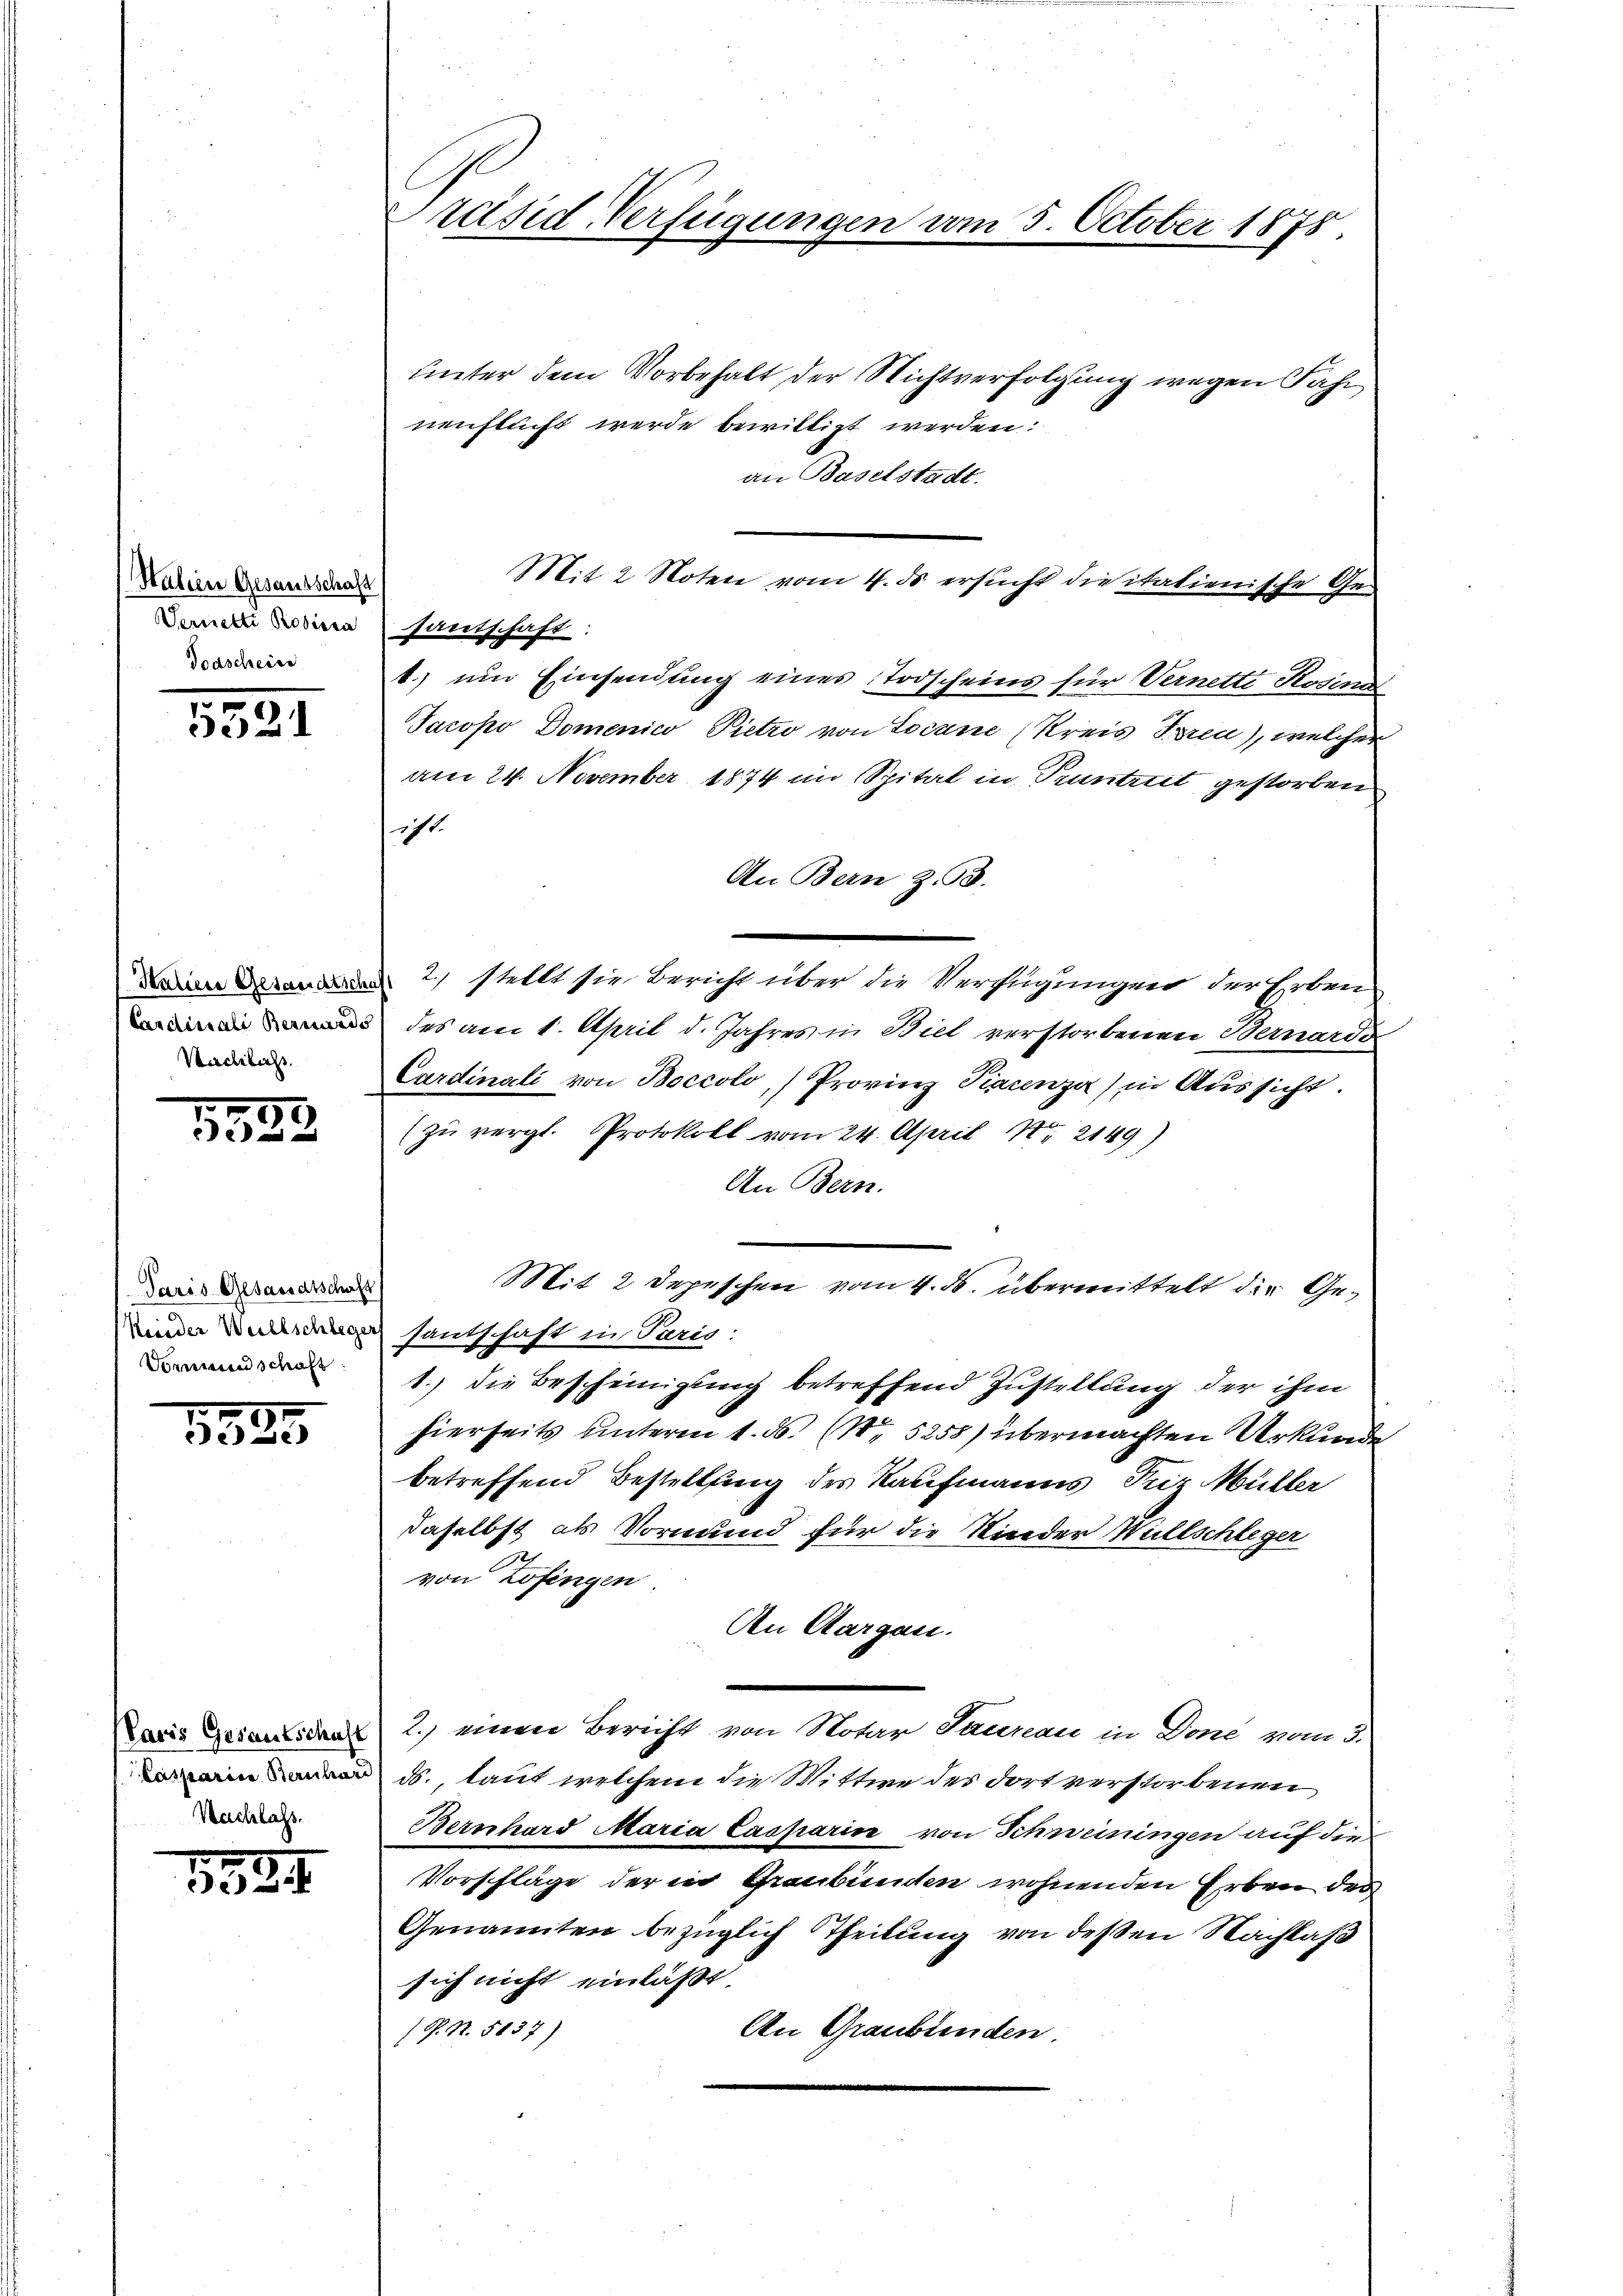
Halien Gesantschaft
Vernetti Rosiera
Doascheine

5521

Italien Gesandtsch
Candinali Bernande
Nachlach

50
e

Paris Gesasserschaft
Keieder Weillschlege
Vormundschaft

1525

Paris Gesausschust
Casparien Berichar
Nachlass.

1828.

Präsid Verfügungen vom 5. October 1878.

unter dem Vorbehalt der Nichtverfolgung wegen Fahr
nenflucht werde bewilligt werden.
an Baselstadt.
santschaft.
t.) um Einsendung eines Todscheins für Vernette Rosina
Jacopo Domenico Pietzo von Locane (Kreis Iren), welcher
am 24. November 1874 im Spital in Pruntreit gestorben
ist.
An Bern zu.
2) stellt sie Bericht über die Verfügungen der Erben
des am 1. April d. Jahres in Biel verstorbenen Bernardi
Cardinali von Boccolo, Provinz Piacenza) in Aussicht.
(zu vergl. Protokoll vom 24. April 187. 2149)
An Bern.
Mit 2 Depeschen vom 4. ds. übermittelt der Gesantschaft in Paris
1.) die Bescheinigung betreffend Zustellung der ihm
hierseits unterm 1. ds. (No 5258) übermachten Urkunde
betreffend Bestellung des Kaufmanns Juz Müller
daselbst als Vormund für die Nieder Willschleger
von Zofingen.
An Aargau.
2.) einen Bericht von Notar Taureau in Done vom 3.
ds. laut welchem die Wittwe des dort verstorbenen
Bernhard Maria Casparin von Schweiningen auf die
Vorschläge der in Graubünden wohnenden Erben des
Genannten bezüglich Theilung von deßen Nachlaß
sich nicht einlaßt
An Graubünden.
P. Nr. 5037)

Mit 2 Noten vom 4. ds ersucht die italienische Ge¬